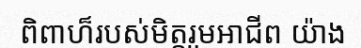
ពិពាហ៏របស់មិត្តរួមអាជីព យ៉ាង